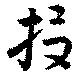
投